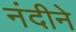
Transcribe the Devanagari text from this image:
नंदीने